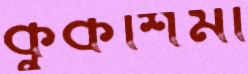
কুকশিমা